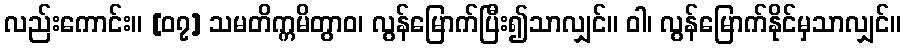
လည်းကောင်း။ [၀၇] သမတိက္ကမိတွာဝ၊ လွန်မြောက်ပြီး၍သာလျှင်။ ဝါ၊ လွန်မြောက်နိုင်မှသာလျှင်။